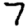
Digit: 7